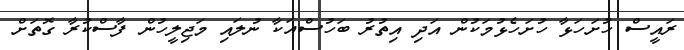
ރައީސް ހުށަހަޅާ ހުށަހެޅުމަކުން އަދި އިތުރު ބަހުސްއަކާ ނުލައި މަޖިލީހުން ފާސްކުރާ ގޮތަށް